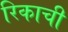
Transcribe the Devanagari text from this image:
रिकाची